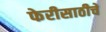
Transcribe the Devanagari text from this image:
फेरीसाठीचे